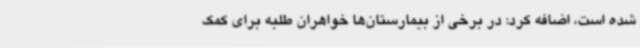
شده است، اضافه کرد: در برخی از بیمارستان‌ها خواهران طلبه برای کمک